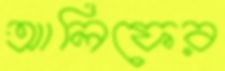
আলিফের